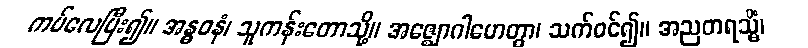
ကပ်လေပြီး၍။ အန္ဓဝနံ၊ သူကန်းတောသို့။ အဇ္ဈောဂါဟေတွာ၊ သက်ဝင်၍။ အညတရသ္မိံ၊